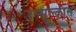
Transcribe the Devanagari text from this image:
उल्मुल्कास